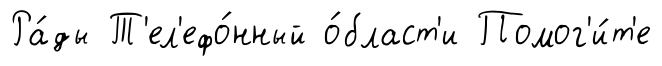
Ра́ды Т'ел'ефо́нный о́бласт'и Помог'и́т'е